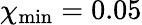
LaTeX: \chi_{\mathrm{min}}=0.05